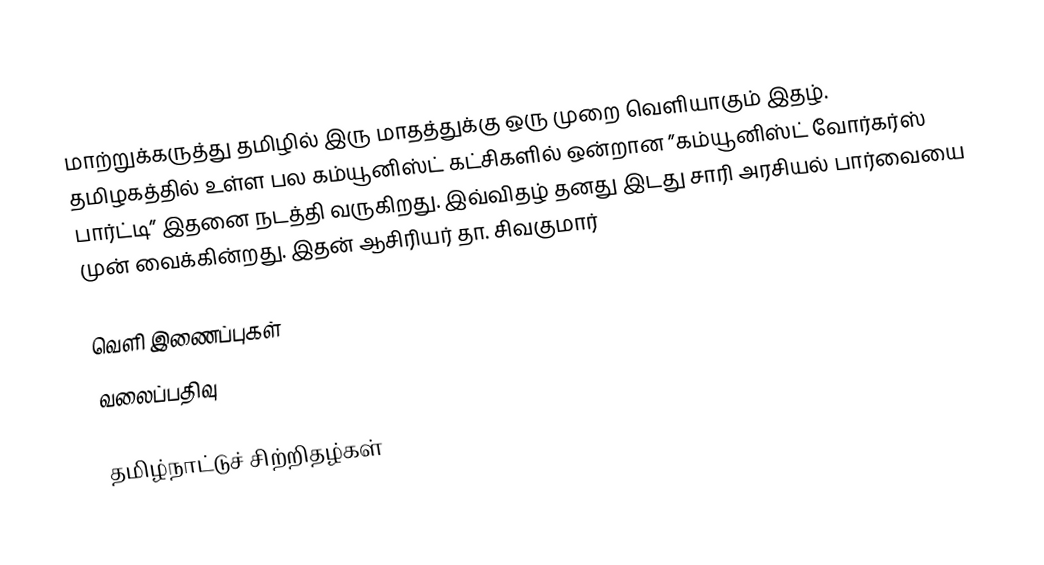
மாற்றுக்கருத்து தமிழில் இரு மாதத்துக்கு ஒரு முறை வெளியாகும் இதழ். தமிழகத்தில் உள்ள பல கம்யூனிஸ்ட் கட்சிகளில் ஒன்றான ”கம்யூனிஸ்ட் வோர்கர்ஸ் பார்ட்டி” இதனை நடத்தி வருகிறது. இவ்விதழ் தனது இடது சாரி அரசியல் பார்வையை முன் வைக்கின்றது. இதன் ஆசிரியர் தா. சிவகுமார்

வெளி இணைப்புகள்
வலைப்பதிவு

தமிழ்நாட்டுச் சிற்றிதழ்கள்